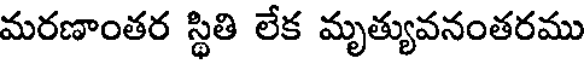
మరణాంతర స్థితి లేక మృత్యువనంతరము